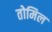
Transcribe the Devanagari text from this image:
तोमिल